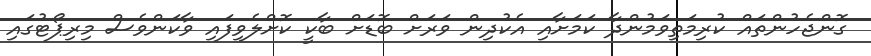
ގޮންޖެހުންތައް ކުރިމަތިވަމުންދާ ކަމަށާއި އެކުދިން ވަރަށް ބޮޑަށް ބާކީ ކޮށްލެވިފައި ވާކަންވެސް މިރިޕޯޓުގައި